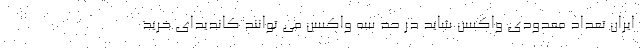
ایران تعداد معدودی واکسن شاید در حد سه واکسن می توانند کاندیدای خرید